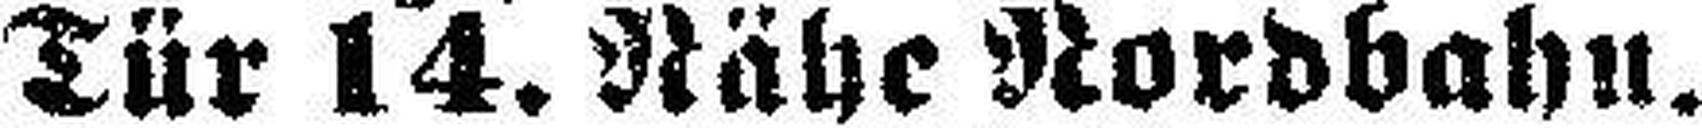
Tür 14. Nähe Nordbahn.